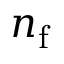
n _ { \mathrm { f } }